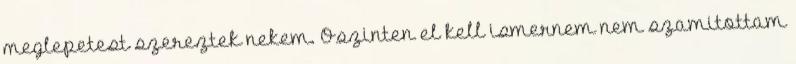
meglepetest szereztek nekem. Oszinten el kell ismernem nem szamitottam